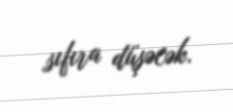
sıfıra düşəcək.